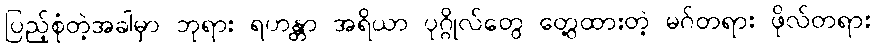
ပြည့်စုံတဲ့အခါမှာ ဘုရား ရဟန္တာ အရိယာ ပုဂ္ဂိုလ်တွေ တွေ့ထားတဲ့ မဂ်တရား ဖိုလ်တရား